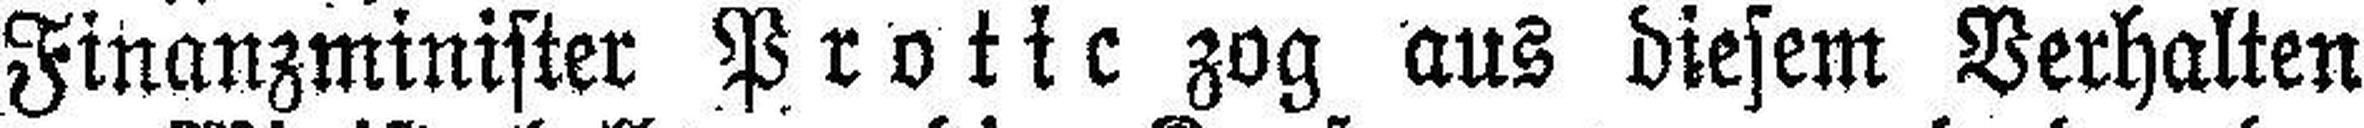
Finanzminister Protic zog aus diesem Verhalten